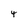
Character: 4